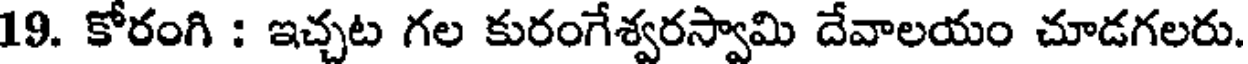
19. కోరంగి : ఇచ్చట గల కురంగేశ్వరస్వామి దేవాలయం చూడగలరు